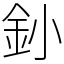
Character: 釥